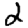
Digit: 2